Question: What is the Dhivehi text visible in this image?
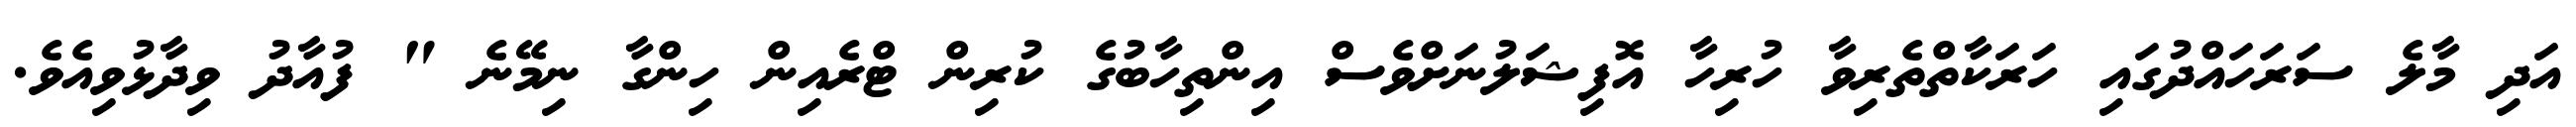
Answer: އަދި މާލެ ސަރަހައްދުގައި ހަރަކާތްތެރިވާ ހުރިހާ އޮފިޝަލުނަށްވެސް އިންތިހާބުގެ ކުރިން ޓްރެއިން ހިންގާ ނިމޭނެ " ފުއާދު ވިދާޅުވިއެވެ.